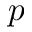
\boldsymbol { p }